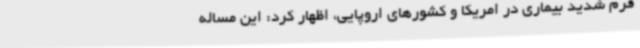
فرم شدید بیماری در امریکا و کشورهای اروپایی، اظهار کرد: این مساله